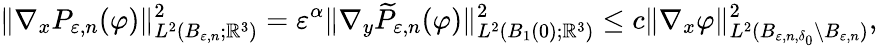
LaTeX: \| \nabla_{x}P_{\varepsilon,n}(\varphi)\| _{L^{2}(B_{\varepsilon,n};\mathbb{R}^{3})}^{2}=\varepsilon^{\alpha}\| \nabla_{y}\widetilde{P}_{\varepsilon,n}(\varphi)\| _{L^{2}(B_{1}(0);\mathbb{R}^{3})}^{2}\leq c\Vert\nabla_{x}\varphi\Vert_{L^{2}(B_{\varepsilon,n,\delta_{0}}\setminus B_{\varepsilon,n})}^{2},